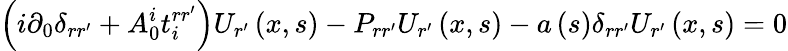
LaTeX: \left(i\partial_{0}\delta_{rr^{\prime}}+A_{0}^{i}t_{i}^{rr^{\prime}}\right)U_{r^{\prime}}\left(x,s\right)-P_{rr^{\prime}}U_{r^{\prime}}\left(x,s\right)-a\left(s\right)\delta_{rr^{\prime}}U_{r^{\prime}}\left(x,s\right)=0